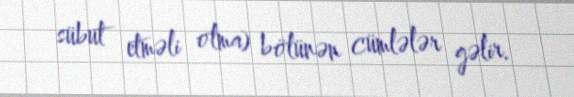
sübut etməli olma) bölünən cümlələr gəlir.